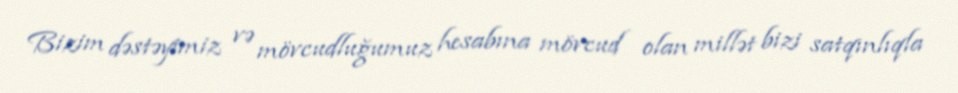
Bizim dəstəyimiz və mövcudluğumuz hesabına mövcud olan millət bizi satqınlıqla